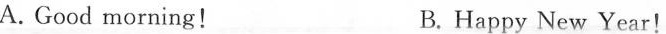
A. Good morning! B. Happy New Year!